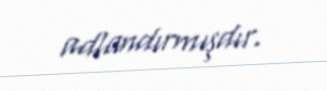
adlandırmışdır.